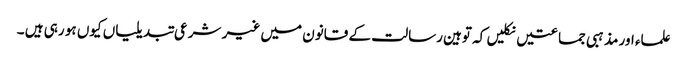
علماء اور مذہبی جماعتیں نکلیں کہ توہین رسالت کے قانون میں غیر شرعی تبدیلیاں کیوں ہو رہی ہیں ۔